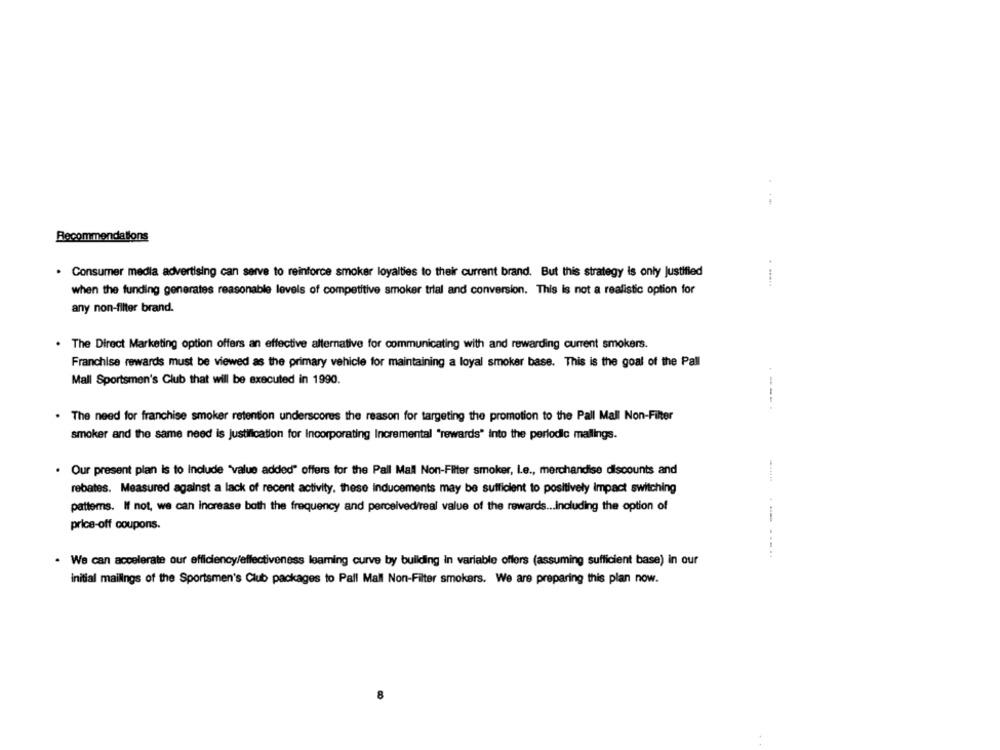
Recommendations
. Consumer media advertising can serve to reinforce smoker loyalties to their current brand. But this strategy is only Justified
when the funding generates reasonable levels of competitive smoker trial and conversion. This is not a realistic option for
any non-filter brand.
The Direct Marketing option offers an effective alternative for communicating with and rewarding current smokers.
Franchise rewards must be viewed as the primary vehicle for maintaining a loyal smoker base. This is the goal of the Pall
Mall Sportsmen's Club that will be executed in 1990.
. The need for franchise smoker retention underscores the reason for targeting the promotion to the Pall Mall Non-Filter
smoker and the same need is justification for Incorporating Incremental "rewards" into the periodic mallings.
Our present plan Is to Include "value added" offers for the Pall Mall Non-Filter smoker, Le ., merchandise discounts and
rebates. Measured against a lack of recent activity, these inducements may be sufficient to positively impact switching
patterns. If not, we can increase both the frequency and perceived/real value of the rewards ... Including the option of
price-off coupons.
-----..
· We can accelerate our efficiency/effectiveness leaming curve by building in variable offers (assuming sufficient base) in our
initial mailings of the Sportsmen's Club packages to Pall Mall Non-Filter smokers. We are preparing this plan now.